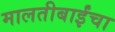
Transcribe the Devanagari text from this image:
मालतीबाईंचा